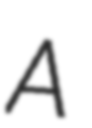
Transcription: A